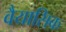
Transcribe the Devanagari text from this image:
वैयासिक